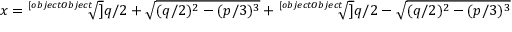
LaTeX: x = { \sqrt [ [object Object] ] { q / 2 + { \sqrt { ( q / 2 ) ^ { 2 } - ( p / 3 ) ^ { 3 } } } } } + { \sqrt [ [object Object] ] { q / 2 - { \sqrt { ( q / 2 ) ^ { 2 } - ( p / 3 ) ^ { 3 } } } } }